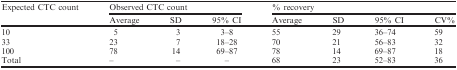
| Expected CTC count | <COLSPAN=3> Observed CTC count | <COLSPAN=4> % recovery |
 |  | Average | SD | 95% CI | Average | SD | 95% CI | CV% |
 | --- | --- | --- | --- | --- | --- | --- | --- |
 | 10 | 5 | 3 | 3–8 | 55 | 29 | 36–74 | 59 |
 | 33 | 23 | 7 | 18–28 | 70 | 21 | 56–83 | 32 |
 | 100 | 78 | 14 | 69–87 | 78 | 14 | 69–87 | 18 |
 | Total | – | – | – | 68 | 23 | 52–83 | 36 |